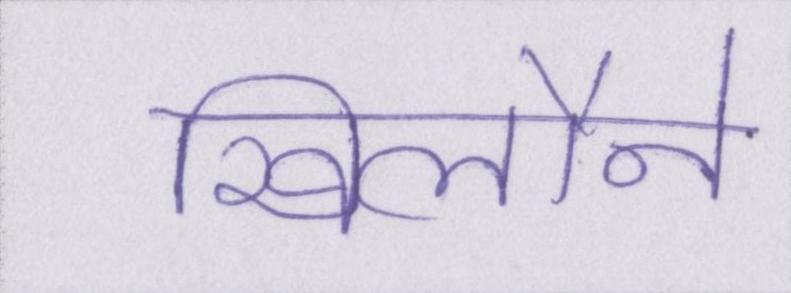
खिलौने